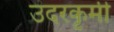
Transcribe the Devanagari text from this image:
उदरकृमी